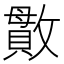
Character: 𫿖